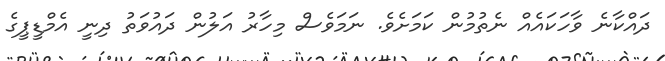
ދައްކާނެ ވާހަކައެއް ނެތުމުން ކަމަށެވެ. ނަމަވެސް މިހާރު އަލުން ދައުވަތު ދިނީ އެމްޑީޕީގެ